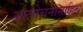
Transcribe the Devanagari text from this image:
आलोचनासाहित्य